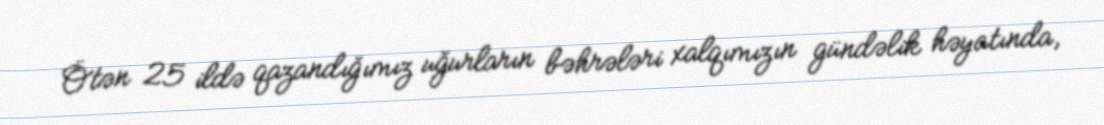
Ötən 25 ildə qazandığımız uğurların bəhrələri xalqımızın gündəlik həyatında,